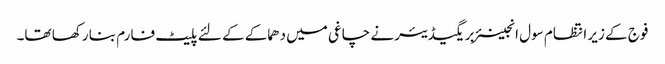
فوج کے زیر انتظام سول انجینئر بریگیڈیئر نے چاغی میں دھماکے کے لئے پلیٹ فارم بنا رکھا تھا۔